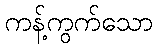
ကန့်ကွက်သော